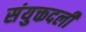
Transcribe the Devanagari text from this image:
संयुक्तदली